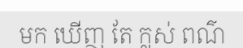
មក ឃើញ តែ ក្លស់ ពណ៌